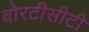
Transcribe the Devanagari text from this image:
वोरटीसीटी